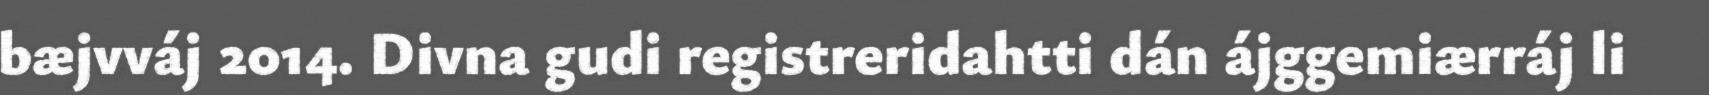
bæjvváj 2014. Divna gudi registreridahtti dán ájggemiærráj li